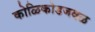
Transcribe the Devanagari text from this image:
कोळिकोडजवळ